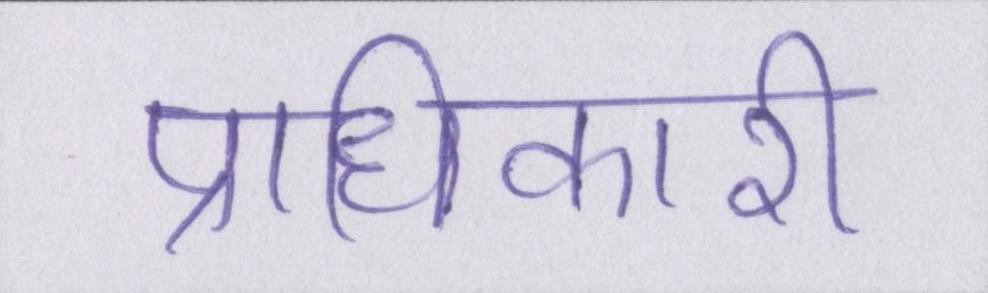
प्राधिकारी